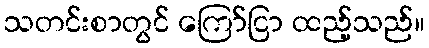
သတင်းစာတွင် ကြော်ငြာ ထည့်သည်။